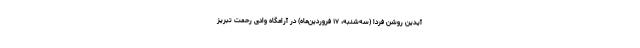
آیدین روشن فردا (سه‌شنبه، ۱۷ فروردین‌ماه) در آرامگاه وادی رحمت تبریز